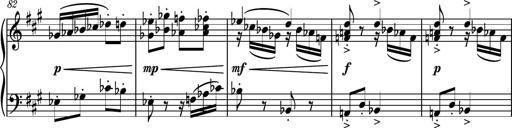
Title: Piano Sonatina No.6
Composer: Dimitri Sykias
Key: A major